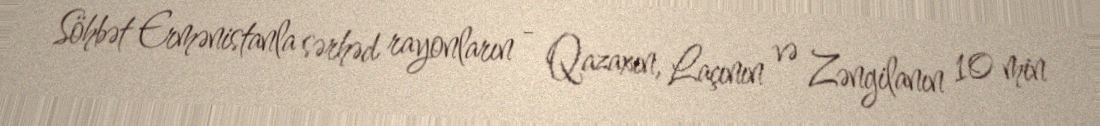
Söhbət Ermənistanla sərhəd rayonların - Qazaxın, Laçının və Zəngilanın 10 min